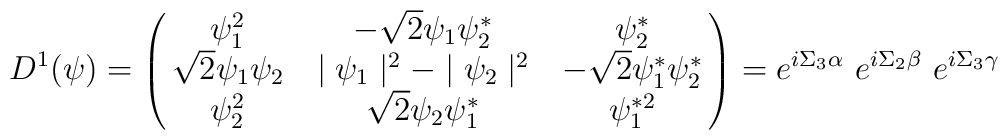
D^1(\psi)=\pmatrix{ \psi_1^2 & -\sqrt{2}  \psi_1 \psi_2^* & \psi_2^* \cr \sqrt{2} \psi_1 \psi_2 & \mid \psi_1\mid^2-\mid \psi_2\mid^2 & -\sqrt{2} \psi_1^* \psi_2^* \cr  \psi_2^2 & \sqrt{2} \psi_2 \psi_1^* & \psi_1^{*2} \cr}= e^{i\Sigma_3 \alpha}~e^{i\Sigma_2 \beta}~e^{i\Sigma_3 \gamma}